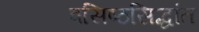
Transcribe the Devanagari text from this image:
वसिष्ठसिद्धांत